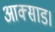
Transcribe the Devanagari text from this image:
आक्साड।